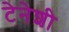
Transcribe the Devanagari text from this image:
टेनेशी